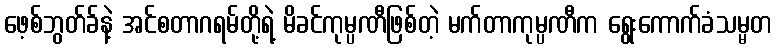
ဖေ့စ်ဘွတ်ခ်နဲ့ အင်စတာဂရမ်တို့ရဲ့ မိခင်ကုမ္ပဏီဖြစ်တဲ့ မက်တာကုမ္ပဏီက ရွေးကောက်ခံသမ္မတ